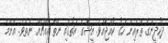
ދެކުދީންގެ ތެރެއިން ހަގު ކުއްޖާއެވެ. އީޝާގެ އަތުގައި ނެތް އެއްޗެއް ނެތެވެ. އެންމެ